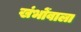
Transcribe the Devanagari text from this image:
खंभोंवाला